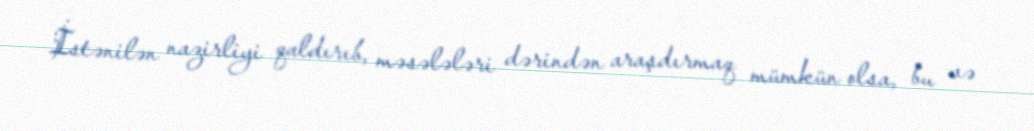
İstənilən nazirliyi qaldırıb, məsələləri dərindən araşdırmaq mümkün olsa, bu və